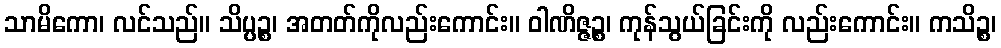
သာမိကော၊ လင်သည်။ သိပ္ပဉ္စ၊ အတတ်ကိုလည်းကောင်း။ ဝါဏိဇ္ဇဉ္စ၊ ကုန်သွယ်ခြင်းကို လည်းကောင်း။ ကသိဉ္စ၊